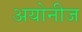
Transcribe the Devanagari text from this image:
अयोनीज